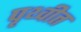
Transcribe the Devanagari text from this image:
पृथ्वीत